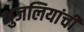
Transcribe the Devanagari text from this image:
भुजलियांची